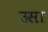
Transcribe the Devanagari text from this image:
उसा